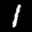
Label: 1